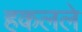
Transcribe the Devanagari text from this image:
हकलले